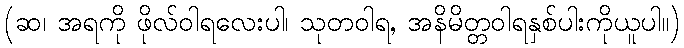
(ဆ၊ အရကို ဖိုလ်ဝါရလေးပါ၊ သုတဝါရ, အနိမိတ္တဝါရနှစ်ပါးကိုယူပါ။)